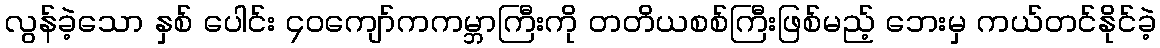
လွန်ခဲ့သော နှစ် ပေါင်း ၄၀ကျော်ကကမ္ဘာကြီးကို တတိယစစ်ကြီးဖြစ်မည့် ဘေးမှ ကယ်တင်နိုင်ခဲ့